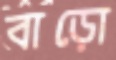
বাড়ো